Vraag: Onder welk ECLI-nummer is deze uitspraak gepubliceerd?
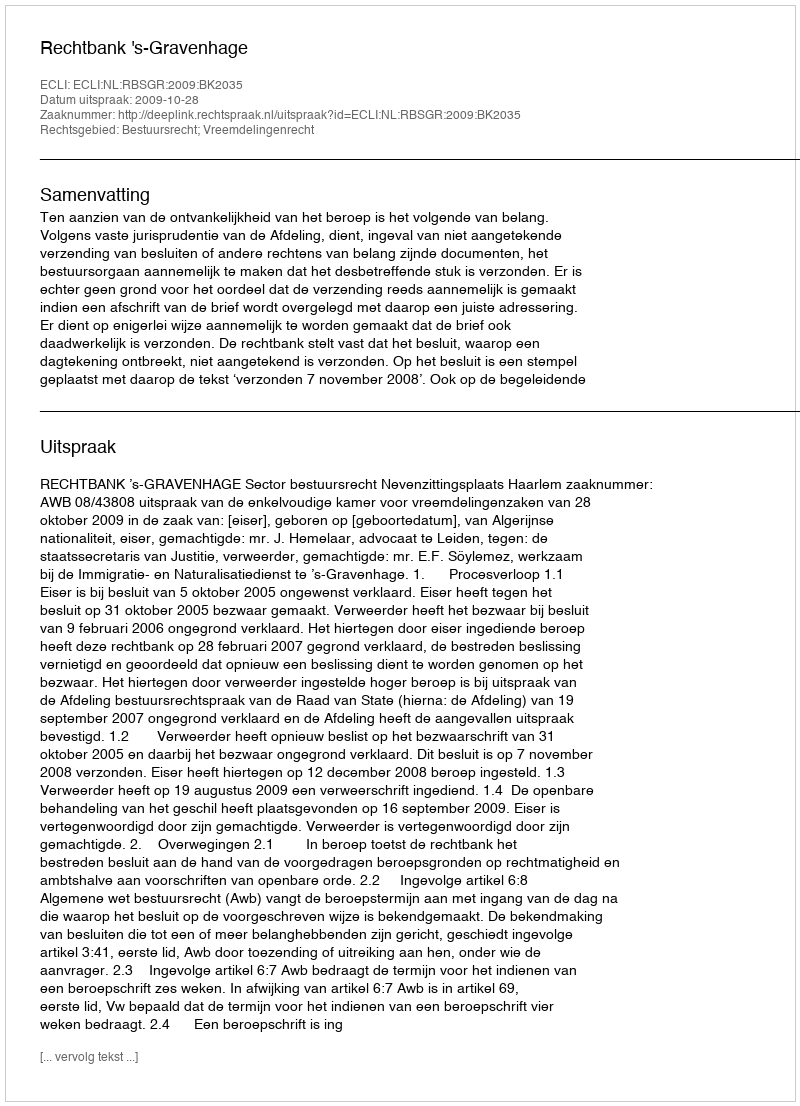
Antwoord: ECLI:NL:RBSGR:2009:BK2035